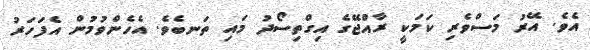
އެވެ. އޭރު މަސްވެރި ކަމަކީ ރާއްޖޭގެ އިގްތިސޯދު މައި ތަނބެވެ. އެހެންވުމުން އެފަހަރު